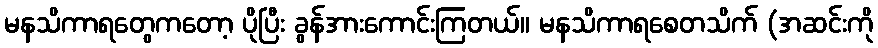
မနသိကာရတွေကတော့ ပိုပြီး ခွန်အားကောင်းကြတယ်။ မနသိကာရစေတသိက် (အဆင်းကို